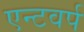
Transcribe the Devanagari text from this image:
एन्टवर्प